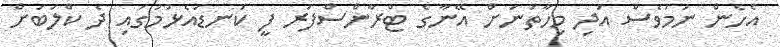
އެހެން ނަމަވެސް އަދި މިހާތަނަށް އޭނާގެ ޓްރާންސްފަރ ފީ ކަނޑައެޅުމުގައި ދެ ކްލަބަށް